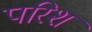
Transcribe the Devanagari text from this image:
परिश